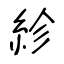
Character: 紾